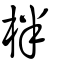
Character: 柈